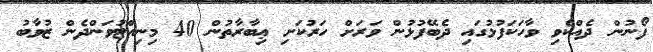
ފޯނުން ދެއްކެވި ވާހަކަފުޅުގައި ދެބޭފުޅުން ވަރަށް ހަރުކަށި ޢިބާރާތުން 40 މިނިއްޓުވަންދެން ޒުވާބު